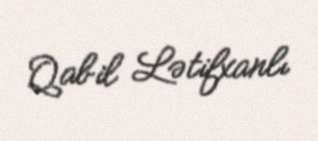
Qabil Lətifxanlı